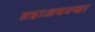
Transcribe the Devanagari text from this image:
व्रद्दाअवस्था